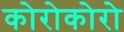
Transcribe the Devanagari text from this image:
कोरोकोरो